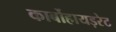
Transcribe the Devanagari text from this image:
कार्बोहायड़रेट